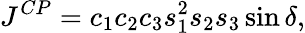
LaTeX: J^{CP}=c_{1}c_{2}c_{3}s_{1}^{2}s_{2}s_{3}\sin\delta,